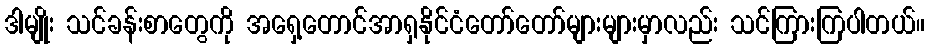
ဒါမျိုး သင်ခန်းစာတွေကို အရှေ့တောင်အာရှနိုင်ငံတော်တော်များများမှာလည်း သင်ကြားကြပါတယ်။